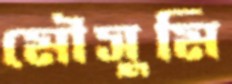
মৌসুমি